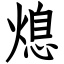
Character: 熄